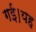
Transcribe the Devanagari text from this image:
गई।यह